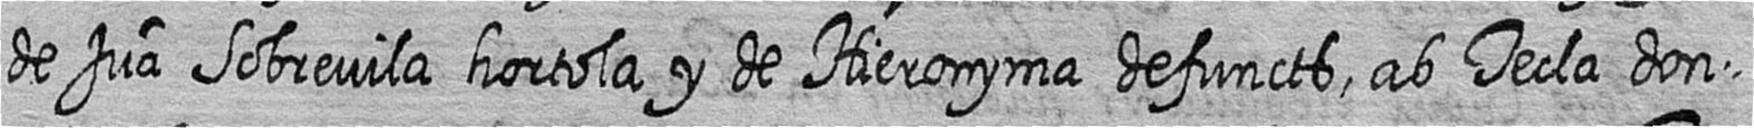
de Jua Sobrevila hortola y de Hieronyma defuncts ab Tecla don=